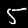
Digit: 5